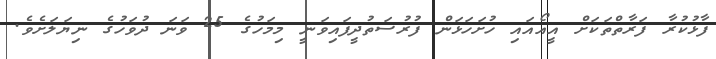
ފާޅުކުރާ ފަރާތްތަކަށް އީއޯއައި ހުށަހަޅަން ފުރުސަތުދީފައިވަނީ މިމަހުގެ 25 ވަނަ ދުވަހުގެ ނިޔަލަށެވެ.